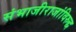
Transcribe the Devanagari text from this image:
संभाजीराजांविरुद्ध